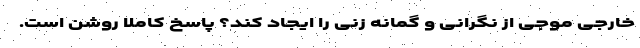
خارجی موجی از نگرانی و گمانه زنی را ایجاد کند؟ پاسخ کاملا روشن است.